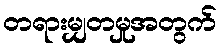
တရားမျှတမှုအတွက်